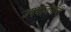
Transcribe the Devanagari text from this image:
उपयोजनांची